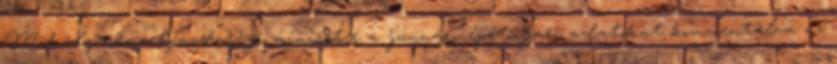
Mihály nemzetgazdasági miniszter a januári építőipari adatokat kommentálva az